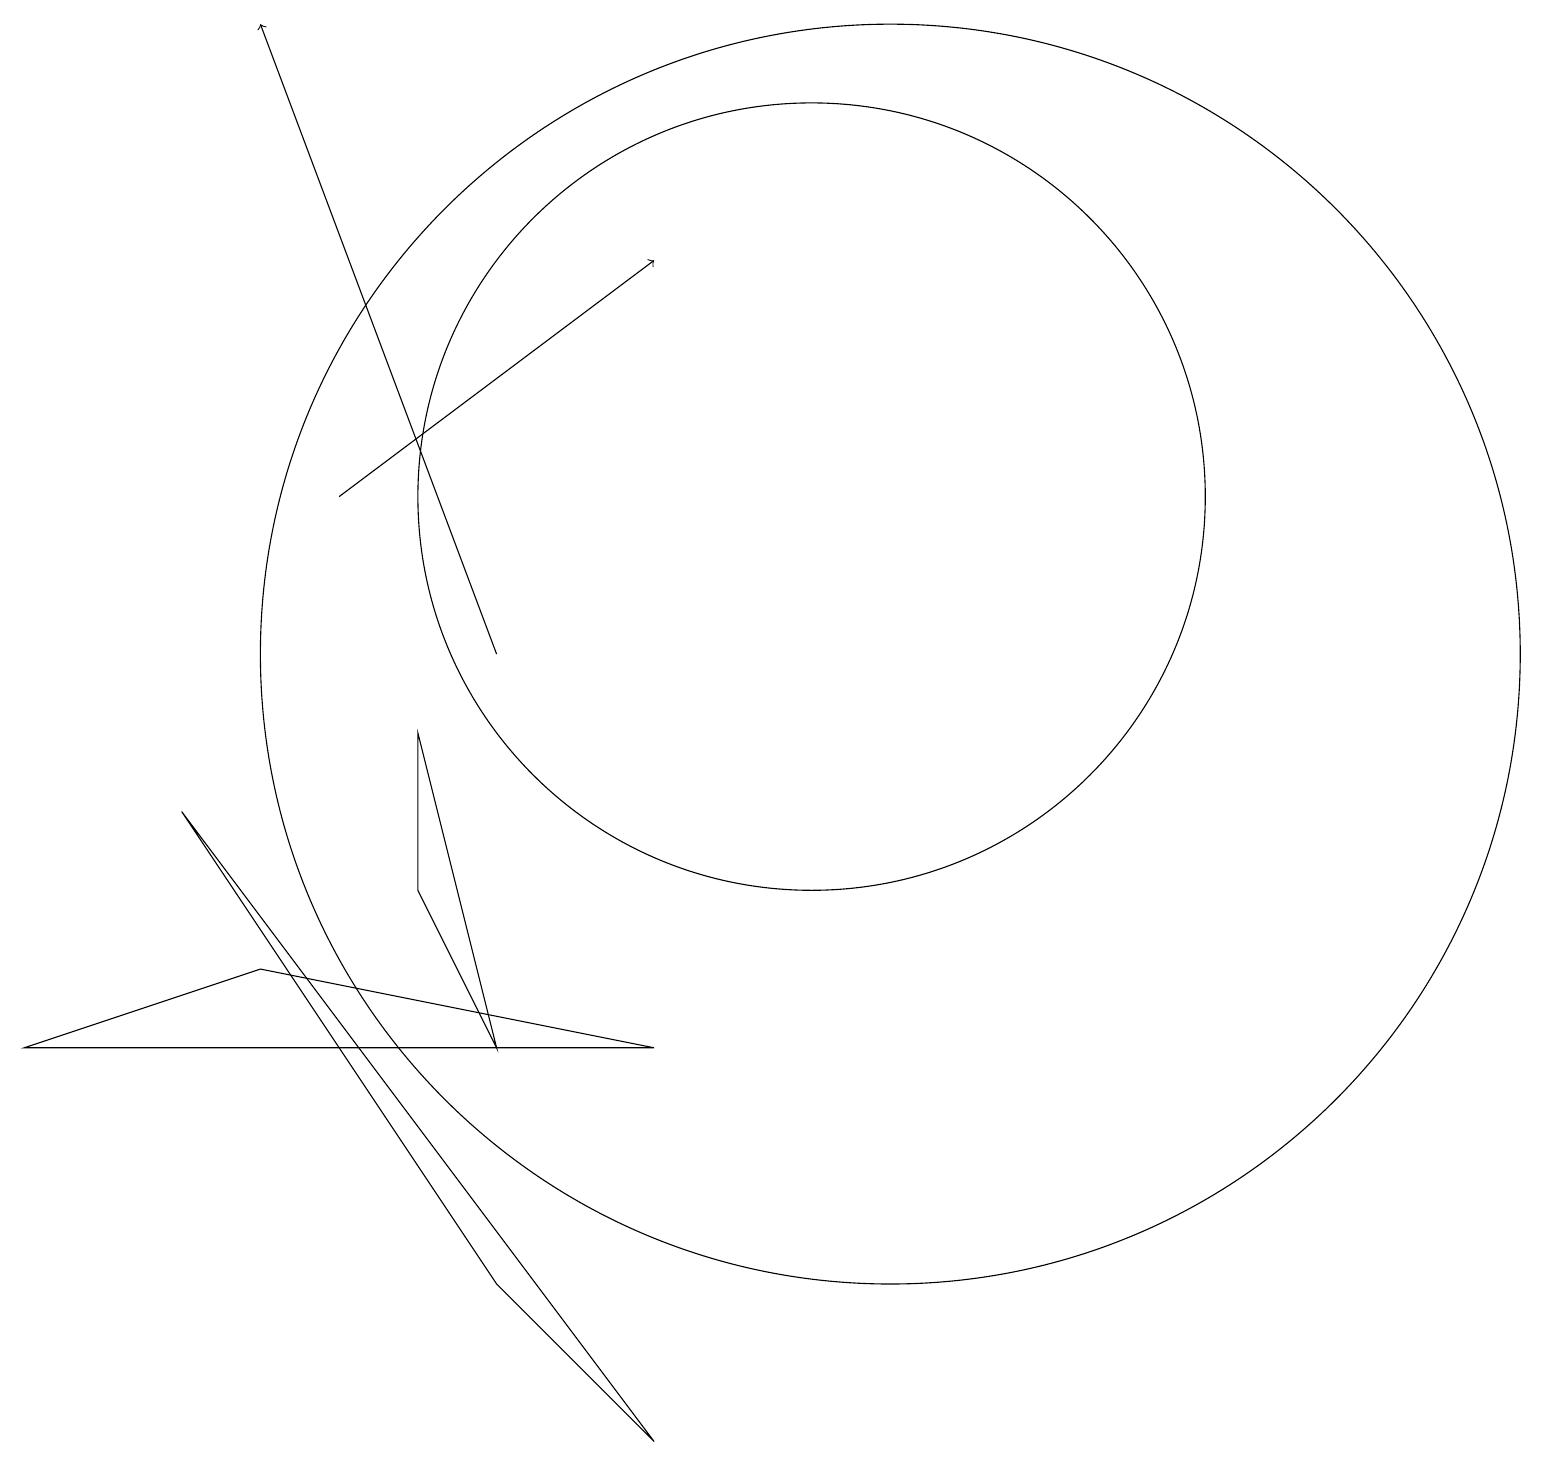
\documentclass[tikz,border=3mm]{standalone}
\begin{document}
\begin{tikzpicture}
\draw (2,8) -- (8,0) -- (6,2) -- cycle;
\draw (5,9) -- (6,5) -- (5,7) -- cycle;
\draw[->] (4,12) -- (8,15);
\draw[->] (6,10) -- (3,18);
\draw (3,6) -- (0,5) -- (8,5) -- cycle;
\draw (10,12) circle (5);
\draw (11,10) circle (8);
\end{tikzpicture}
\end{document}